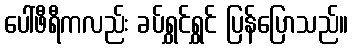
ပေါ်ဖီရီကလည်း ခပ်ရွှင်ရွှင် ပြန်ပြောသည်။